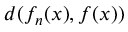
d ( f _ { n } ( x ) , f ( x ) )